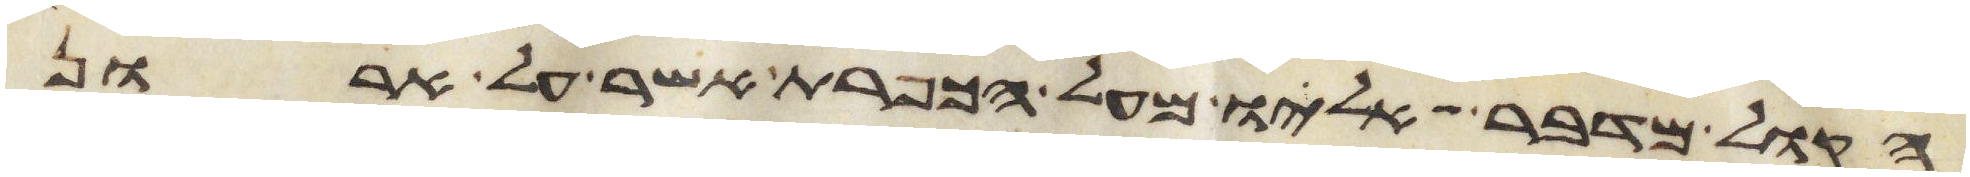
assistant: הקול מדבר אליו מעל הכפרת אשר על ארון